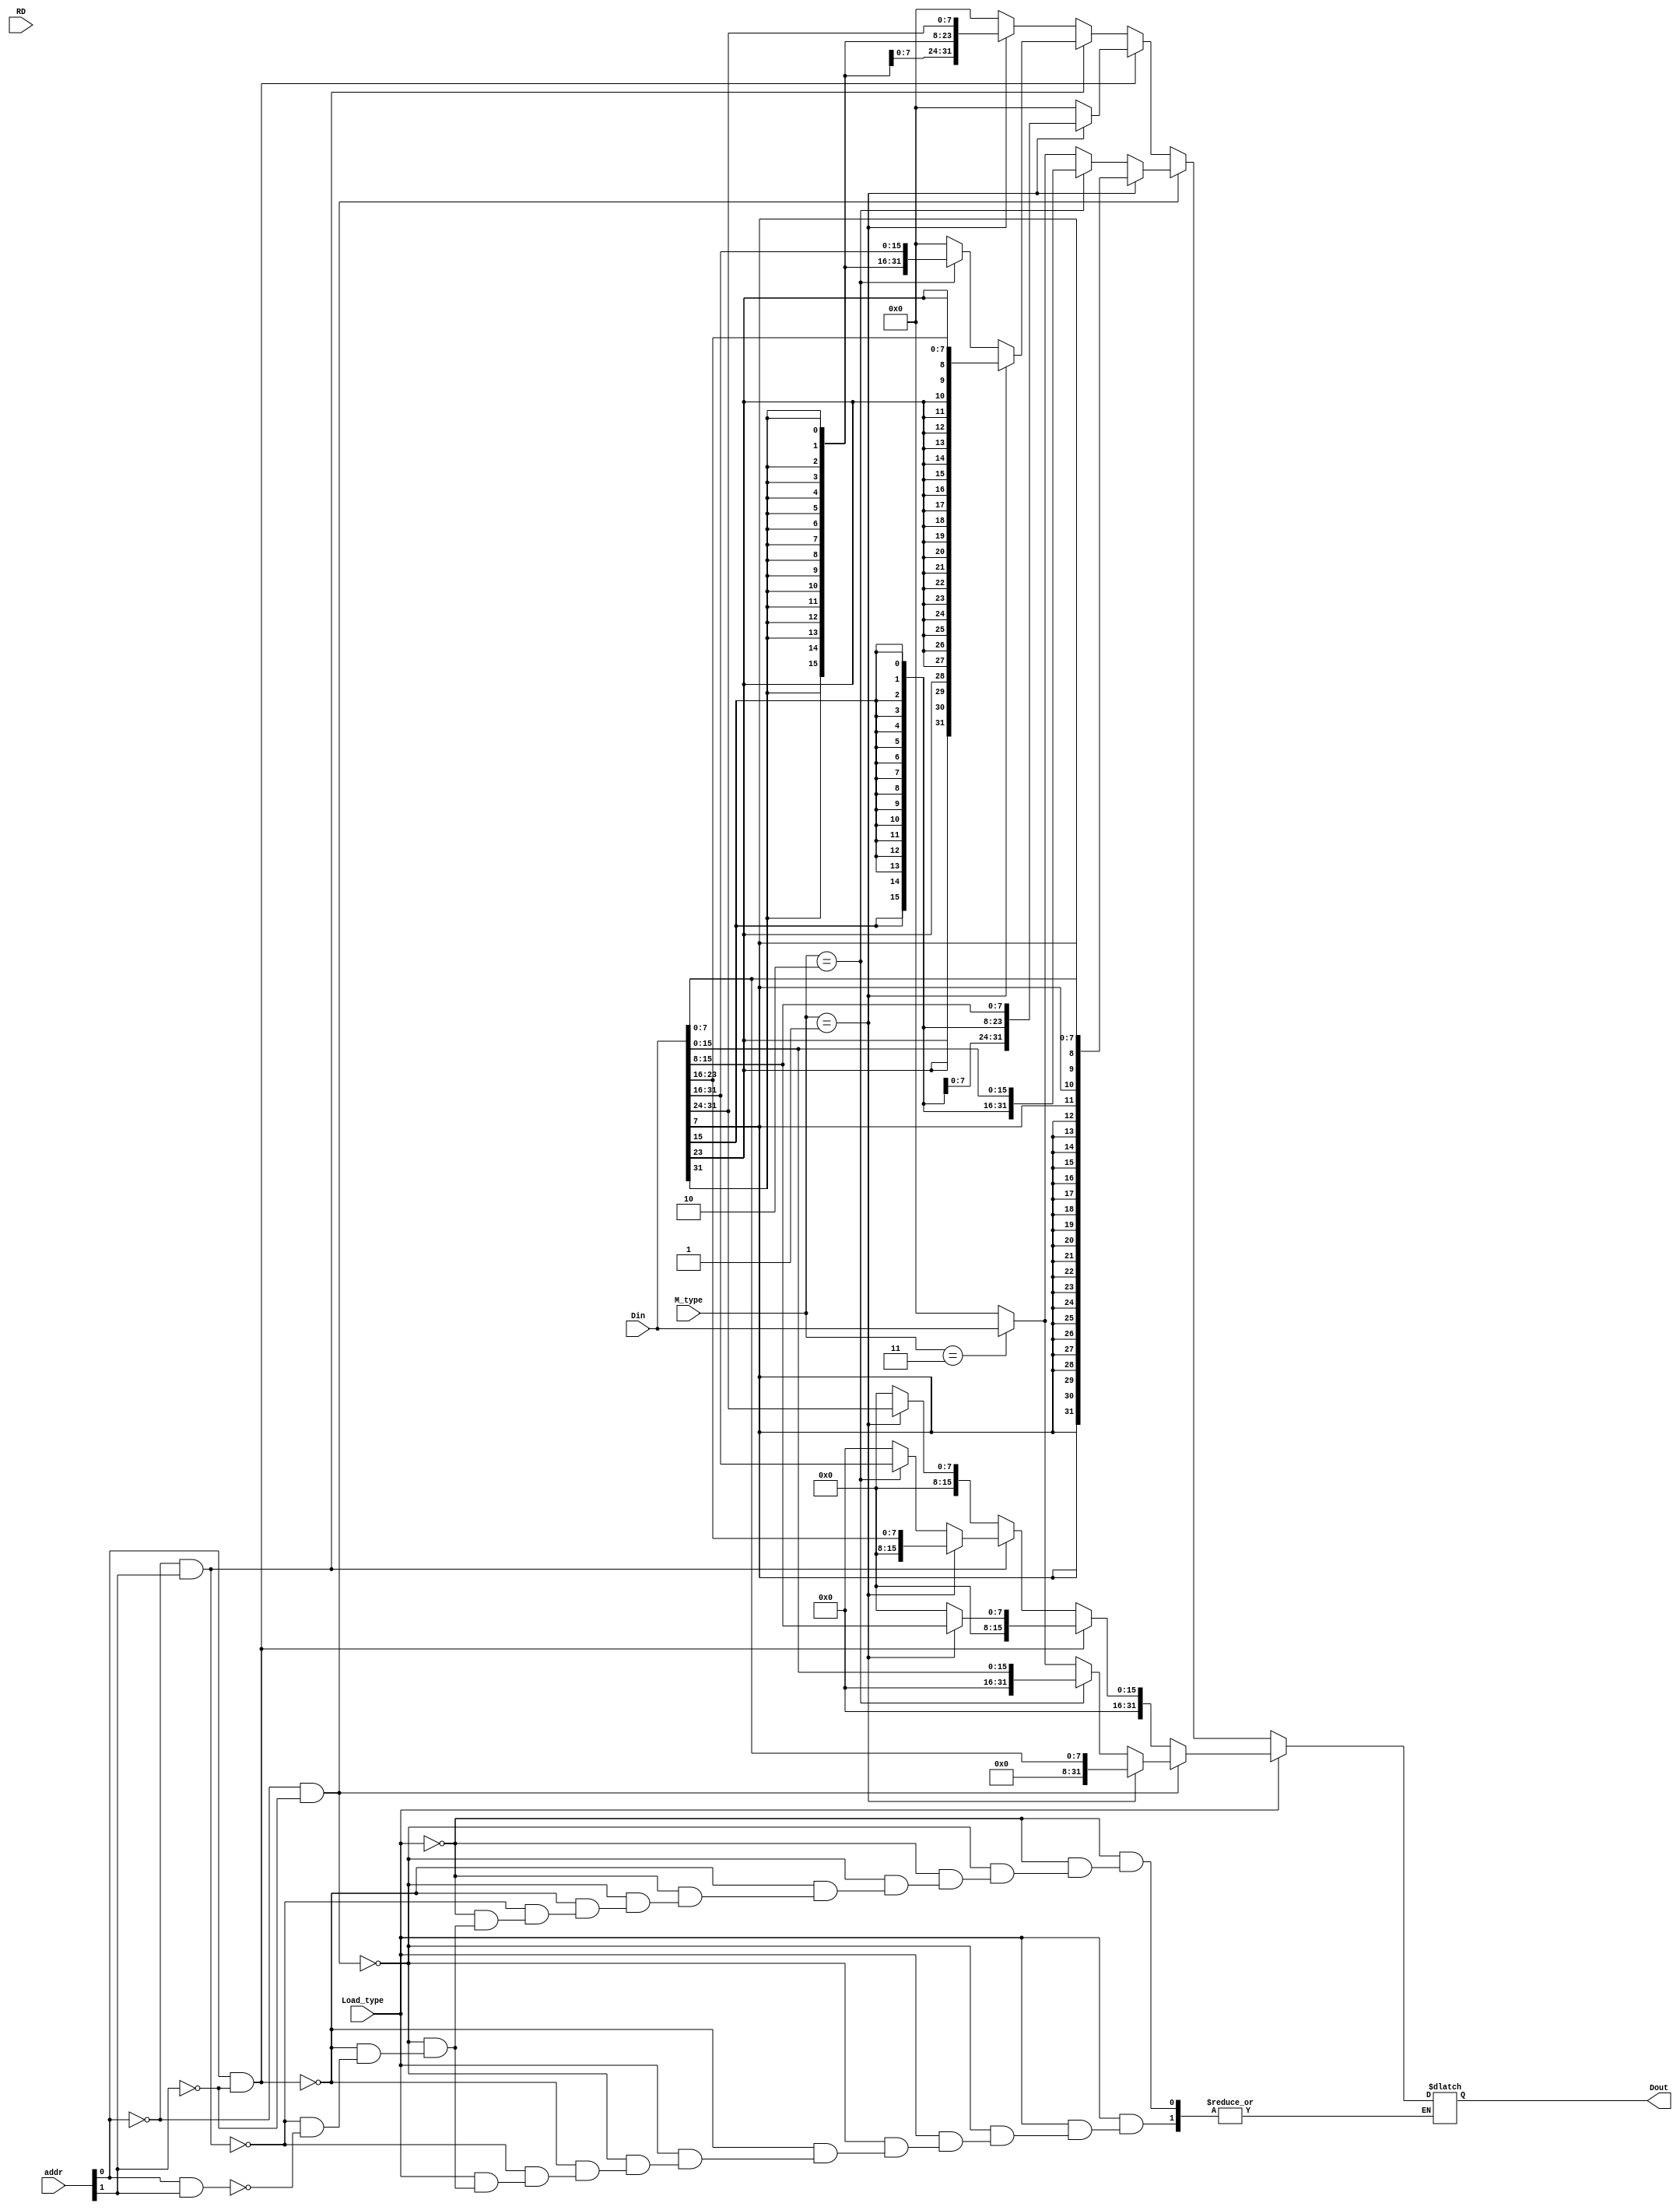
`timescale 1ns / 1ps
module LTC(
	 input [31:0] addr,
    input [31:0] Din,
    input [1:0] M_type,
	 input Load_type,
	 input [31:0] RD,
    output reg [31:0] Dout
    );
	 
	 always @(*)begin 
		if(Load_type) begin
			if((~addr[0])&&(~addr[1]))begin
				Dout = (M_type==2'b01) ? {4'b0, Din[7:0]}:
						 (M_type==2'b10) ? {16'b0, Din[15:0]}:
						 (M_type==2'b11) ? Din[31:0]:0;
			end
			else if((addr[0])&&(~addr[1]))begin
				Dout = (M_type==2'b01) ? {24'b0, Din[15:8]}:0;
			end
			else if((~addr[0])&&(addr[1]))begin
				Dout = (M_type==2'b01) ? {24'b0, Din[23:16]}:
						 (M_type==2'b10) ? {16'b0, Din[31:16]}:0;
			end
			else if((addr[0])&&(addr[1]))begin
				Dout = (M_type==2'b01) ? {24'b0, Din[31:24]}:0;
			end
			
		end
		else begin
			if((~addr[0])&&(~addr[1]))begin
				Dout = (M_type==2'b01) ? {{24{Din[7]}}, Din[7:0]}:
						 (M_type==2'b10) ? {{16{Din[15]}}, Din[15:0]}:
						 (M_type==2'b11) ? Din[31:0]:0;
			end
			else if((addr[0])&&(~addr[1]))begin
				Dout = (M_type==2'b01) ? {{24{Din[15]}}, Din[15:8]}:0;
			end
			else if((~addr[0])&&(addr[1]))begin
				Dout = (M_type==2'b01) ? {{24{Din[23]}}, Din[23:16]}:
						 (M_type==2'b10) ? {{16{Din[31]}}, Din[31:16]}:0;
			end
			else if((addr[0])&&(addr[1]))begin
				Dout = (M_type==2'b01) ? {{24{Din[31]}}, Din[31:24]}:0;
			end
		end
	 end
endmodule